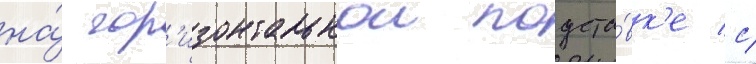
на́ гор'изонтальнои подста́вк'е с